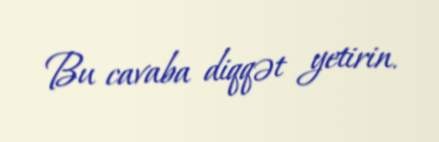
Bu cavaba diqqət yetirin.